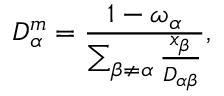
D _ { \alpha } ^ { m } = \frac { 1 - \omega _ { \alpha } } { \sum _ { \beta \not = \alpha } \frac { x _ { \beta } } { D _ { \alpha \beta } } } ,